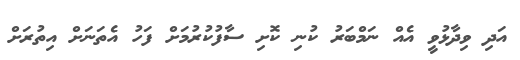
އަދި ވިދާޅުވީ އެއް ނަމްބަރު ކުނި ކޮށި ސާފުކުރުމަށް ފަހު އެތަނަށް އިތުރަށް